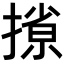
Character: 𫽽